Vaccination in Bombay 1869-1873 - 1869-1873
Year: 1869
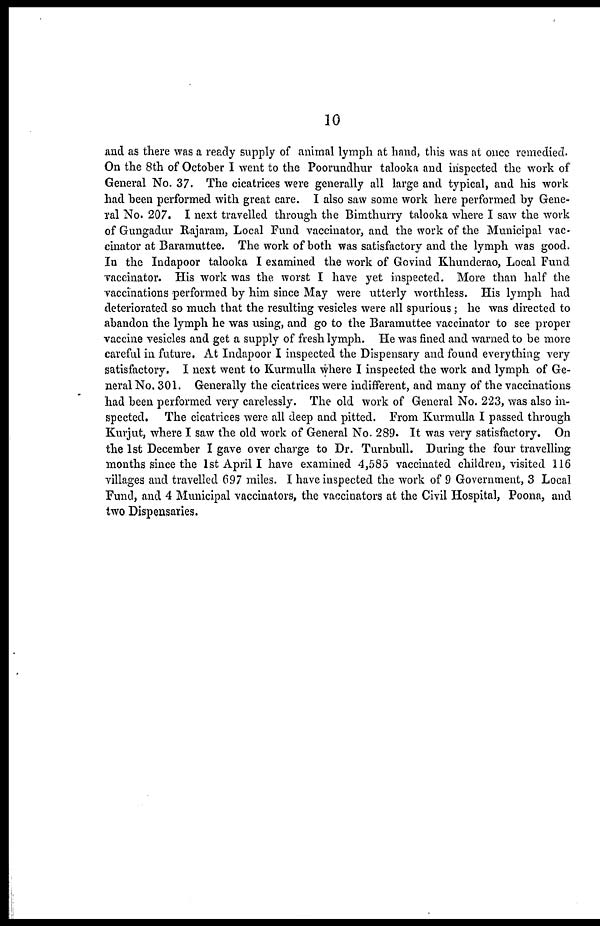
10
and as there was a ready supply of animal lymph at hand, this was at once remedied.
On the 8th of October I went to the Poorundhur talooka and inspected the work of
General No. 37. The cicatrices were generally all large and typical, and his work
had been performed with great care. I also saw some work here performed by Gene-
ral No. 207. I next travelled through the Bimthurry talooka where I saw the work
of Gungadur Rajaram, Local Fund vaccinator, and the work of the Municipal vac-
cinator at Baramuttee. The work of both was satisfactory and the lymph was good.
In the Indapoor talooka I examined the work of Govind Khunderao, Local Fund
vaccinator. His work was the worst I have yet inspected. More than half the
vaccinations performed by him since May were utterly worthless. His lymph had
deteriorated so much that the resulting vesicles were all spurious; he was directed to
abandon the lymph he was using, and go to the Baramuttee vaccinator to see proper
vaccine vesicles and get a supply of fresh lymph. He was fined and warned to be more
careful in future. At Indapoor I inspected the Dispensary and found everything very
satisfactory. I next went to Kurmulla where I inspected the work and lymph of Ge-
neral No. 301. Generally the cicatrices were indifferent, and many of the vaccinations
had been performed very carelessly. The old work of General No. 223, was also in-
spected. The cicatrices were all deep and pitted. From Kurmulla I passed through
Kurjut, where I saw the old work of General No. 289. It was very satisfactory. On
the 1st December I gave over charge to Dr. Turnbull. During the four travelling
months since the 1st April I have examined 4,585 vaccinated children, visited 116
villages and travelled 697 miles. I have inspected the work of 9 Government, 3 Local
Fund, and 4 Municipal vaccinators, the vaccinators at the Civil Hospital, Poona, and
two Dispensaries.